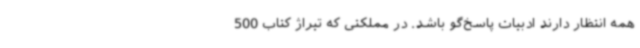
همه انتظار دارند ادبیات پاسخ‌گو باشد. در مملکتی که تیراژ کتاب 500